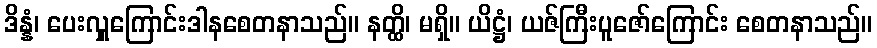
ဒိန္နံ၊ ပေးလှူကြောင်းဒါနစေတနာသည်။ နတ္ထိ၊ မရှိ။ ယိဋ္ဌံ၊ ယဇ်ကြီးပူဇော်ကြောင်း စေတနာသည်။